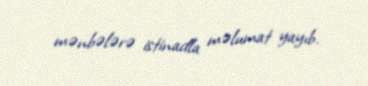
mənbələrə istinadla məlumat yayıb.